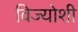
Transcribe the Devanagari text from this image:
विज्योशी